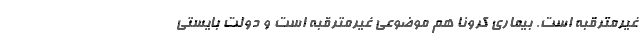
غیرمترقبه است. بیماری کرونا هم موضوعی غیرمترقبه است و دولت بایستی